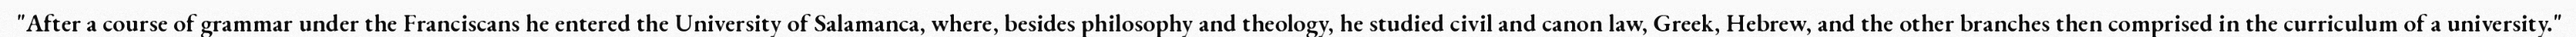
"After a course of grammar under the Franciscans he entered the University of Salamanca, where, besides philosophy and theology, he studied civil and canon law, Greek, Hebrew, and the other branches then comprised in the curriculum of a university."